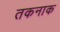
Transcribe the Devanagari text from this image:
तकनाक